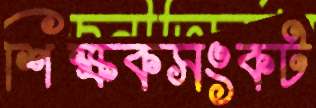
শিক্ষকসংকট